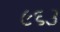
૯૬૩